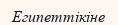
Египеттікіне